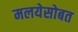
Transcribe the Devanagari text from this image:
मलयेसोबत